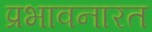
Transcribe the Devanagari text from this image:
प्रभावनारत